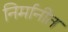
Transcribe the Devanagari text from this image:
निर्मानीत